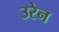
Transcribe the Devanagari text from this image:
उरेन